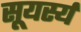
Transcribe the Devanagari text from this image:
सूयर्स्य